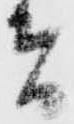
者